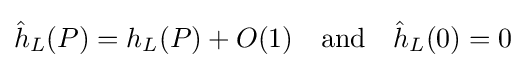
{\hat {h}}_{L}(P)=h_{L}(P)+O(1)\quad {\mbox{and}}\quad {\hat {h}}_{L}(0)=0